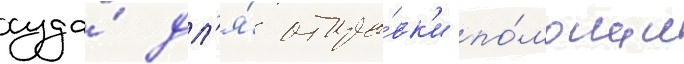
суда́ дл'я́ отпра́вк'и по́мощи